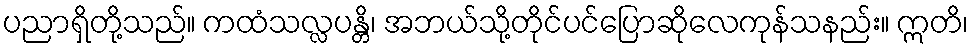
ပညာရှိတို့သည်။ ကထံသလ္လပန္တိ၊ အဘယ်သို့တိုင်ပင်ပြောဆိုလေကုန်သနည်း။ ဣတိ၊